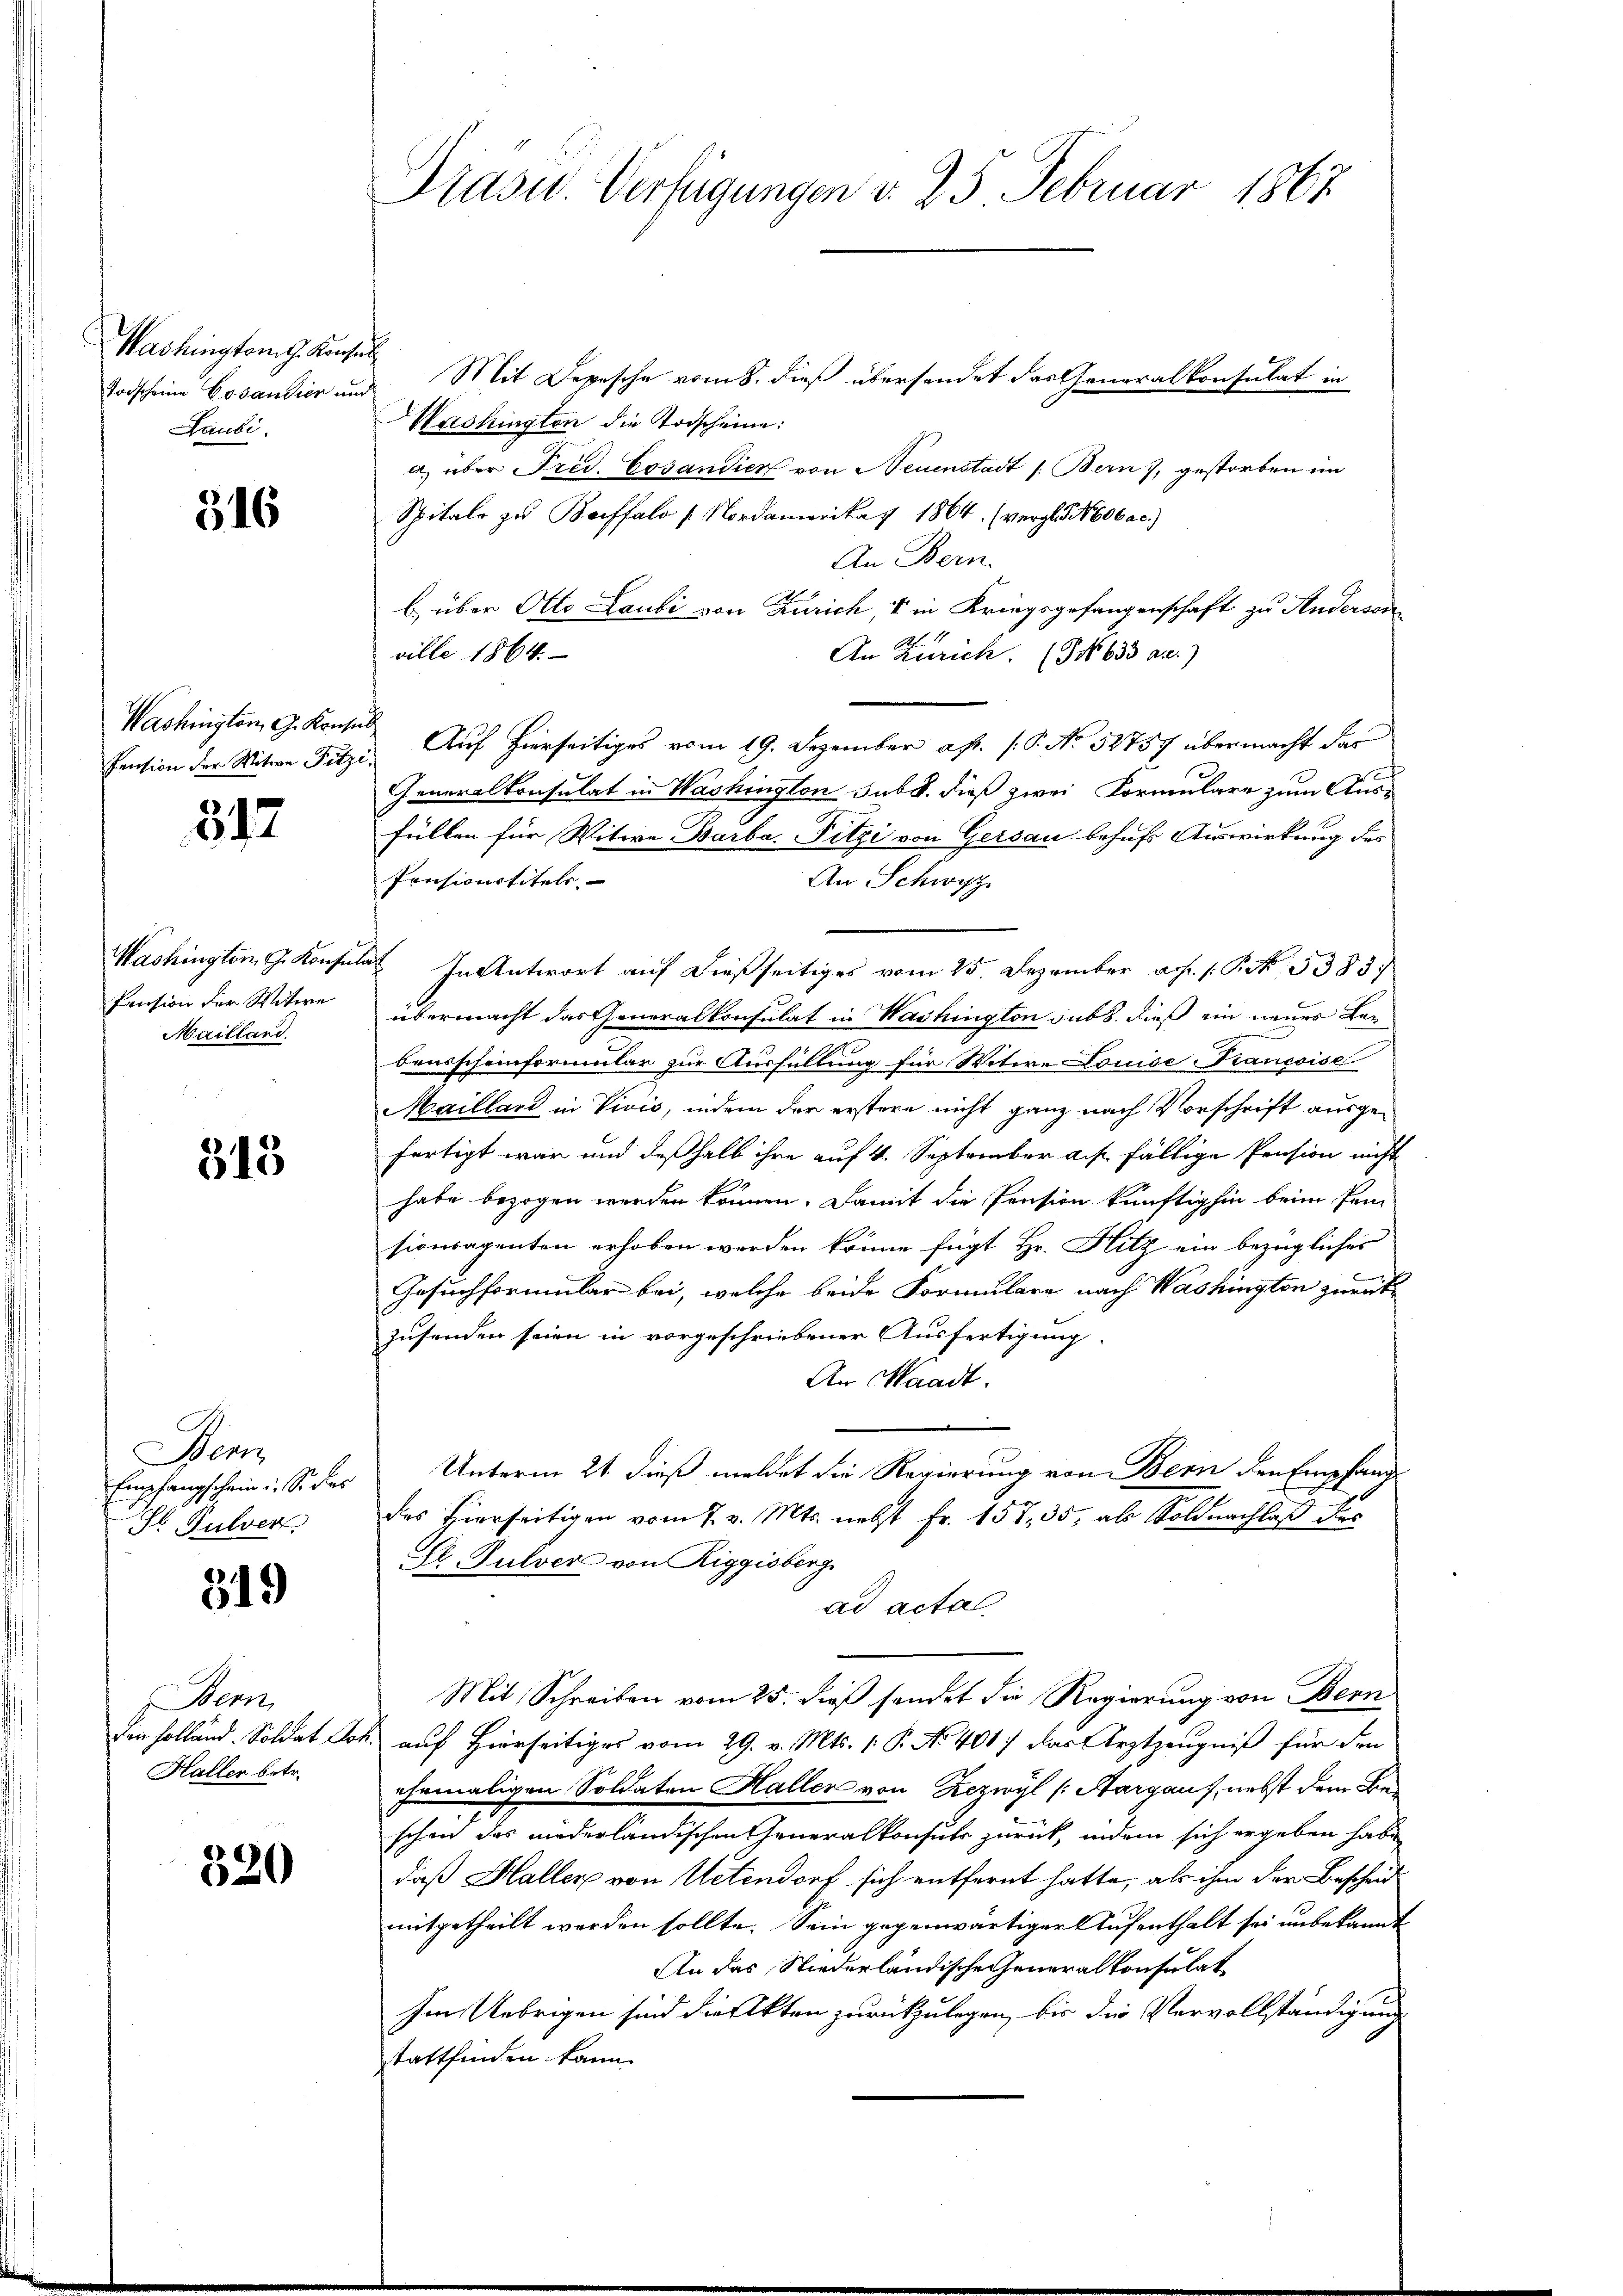
Washingtom g. Konsul
Todscheine Cosaudier und
Laubi

316

Washington G. Kaise
Pension der Witwe Fitze

812.

Washington G. Konsul
Pension der Witwe
Mailland

515

Bern
Empfangschein. So das
Ahl Pulver

319

ent.
den Holländ. Soldat El
Haller betr.

320

Präsid. Verfügungen d. 25 Februar 1867

Mit Depesche vom 8. dieß übersendet das Generalkonsulat in
Washingten die Todscheine:
a über Frid. Cosantier von Neuenstadt /: Bern), gestorben ein
Spitale zu Baffalo / Nordamerikat 1864. (vergl. bebac.)
An Bern.
b) über Otto Laubi von Zürich, 4 in Kriegsgefangenschaft zu Andersone
ville 1864.
An Zürich. (9 No 633 a.)
c
Auf hierseitiges vom 19. Dezember ap. 1. No 52757 übermacht das
Generalkonsulat in Washington sub. dieß zwei Formulare zum Aus-
füllen für Witwe Barba. Fitzi von Gersau behufs Auswirkung des
Pensionstitels.
An Schwyz
al In Antwort auf dießseitiges vom 25. Dezember ad 1. P. Nr. 3383.
übermacht das Generalkonsulat in Washington sub. dieß ein neues Lebeusscheinformular zur Ausfüllung für Witir-Louise-Kancoise
Mailland in Vivis, indem der erstere nicht ganz nach Vorschrift ausgefertigt war und deßhalb ihre auf 4. September aus fällige Pension nicht
habe bezogen werden können. Damit die Pension künftighin beim Pri
sionsapenten erhoben werden könne fügt Hr. Hitz ein bezüglicher
Gesuchformular bei, welche beide Formulare nach Washington zurück
zusenden seien in vorgeschriebener Ausfertigung
An Waadt.
.
Unterm 21. dieß meldet die Regierung von Bern den Empfang
des Hierseitigen vom 7. v. Mts. nebst Fr. 157, 35, als Soldnachlaß des
El. Pulvers von Riggisberg
ad acta
Mit Schreiben vom 25. dieß sendet die Regierung von Bern
2. auf Hierseitiges vom 29. v. Mts. 1. P. No. 401) das Arztzeugniß für den
ehemaligen Soldaten Haller von Rezwyl (Aargaus, nebst dem Beschon des niederländischen Generalkonsuls zurück, indem sich ergeben habe
daß Haller von Uetendorf sich entfernt hatte, als ihm der Bescheid
mitgetheilt werden sollte. Sein gegenwärtiger Aufenthalt sei unbekannt
An das Niederländische Generalkonsulat
Im Uebrigen sind die Akten zurückzulegen, bis die Vervollständigung
stattfinden kann.